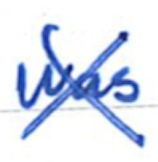
Text: was
Cross-out: cross
Writing tool: ballpoint